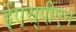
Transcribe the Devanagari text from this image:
ईएस्‌पीएन